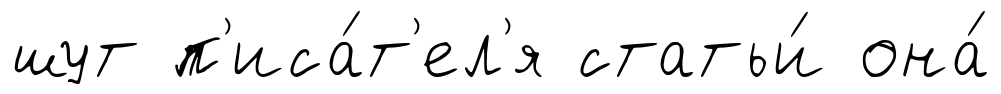
шут п'иса́т'ел'я статьи́ она́